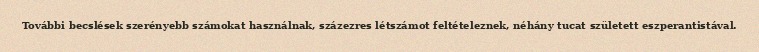
További becslések szerényebb számokat használnak, százezres létszámot feltételeznek, néhány tucat született eszperantistával.